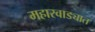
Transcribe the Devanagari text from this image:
महारवाड्यात